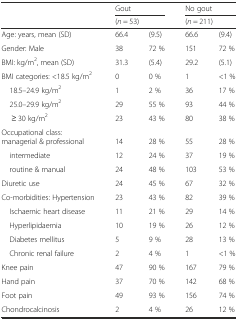
| <ROWSPAN=2>  | <COLSPAN=2> Gout | <COLSPAN=2> No gout |
 | <COLSPAN=2> (n = 53) | <COLSPAN=2> (n = 211) |
 | --- | --- | --- | --- | --- |
 | Age: years, mean (SD) | 66.4 | (9.5) | 66.6 | (9.4) |
 | Gender: Male | 38 | 72 % | 151 | 72 % |
 | BMI: kg/m2, mean (SD) | 31.3 | (5.4) | 29.2 | (5.1) |
 | BMI categories: <18.5 kg/m2 | 0 | 0 % | 1 | <1 % |
 | 18.5–24.9 kg/m2 | 1 | 2 % | 36 | 17 % |
 | 25.0–29.9 kg/m2 | 29 | 55 % | 93 | 44 % |
 | ≥ 30 kg/m2 | 23 | 43 % | 80 | 38 % |
 | Occupational class: managerial & professional | 14 | 28 % | 55 | 28 % |
 | intermediate | 12 | 24 % | 37 | 19 % |
 | routine & manual | 24 | 48 % | 103 | 53 % |
 | Diuretic use | 24 | 45 % | 67 | 32 % |
 | Co-morbidities: Hypertension | 23 | 43 % | 82 | 39 % |
 | Ischaemic heart disease | 11 | 21 % | 29 | 14 % |
 | Hyperlipidaemia | 10 | 19 % | 26 | 12 % |
 | Diabetes mellitus | 5 | 9 % | 28 | 13 % |
 | Chronic renal failure | 2 | 4 % | 1 | <1 % |
 | Knee pain | 47 | 90 % | 167 | 79 % |
 | Hand pain | 37 | 70 % | 142 | 68 % |
 | Foot pain | 49 | 93 % | 156 | 74 % |
 | Chondrocalcinosis | 2 | 4 % | 26 | 12 % |